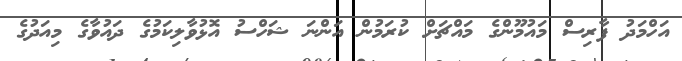
އަހްމަދު ފާރިސް މައުމޫންގެ މައްޗަށް ކުރަމުން އަންނަ ޝަހްސު އޮޅުވާލިކަމުގެ ދައުވާގެ މިއަދުގެ